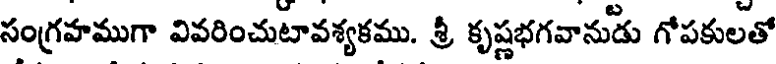
సంగ్రహముగా వివరించుటావశ్యకము. శ్రీ కృష్ణభగవానుడు గోపకులతో